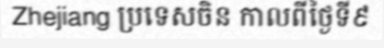
Zhejiang ប្រទេសចិន កាលពីថ្ងៃទី៩